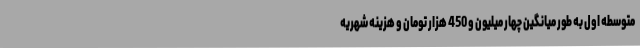
متوسطه‌ اول به طور میانگین چهار میلیون و 450 هزار تومان و هزینه شهریه